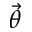
\vec { \theta }